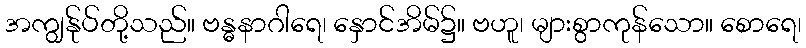
အကျွန်ုပ်တို့သည်။ ဗန္ဓနာဂါရေ၊ နှောင်အိမ်၌။ ဗဟူ၊ များစွာကုန်သော။ စောရေ၊